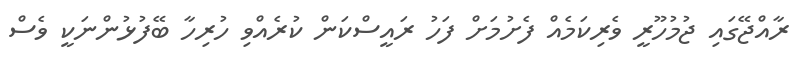
ރާއްޖޭގައި ޖުމުހޫރީ ވެރިކަމެއް ފެށުމަށް ފަހު ރައީސްކަން ކުރެއްވި ހުރިހާ ބޭފުޅުންނަކީ ވެސް